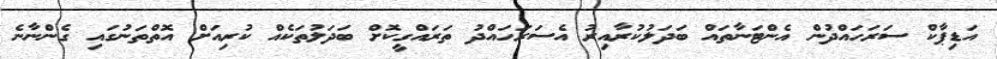
އަޑިޕާކް ސަރަހައްދުން އެންޓަނާތައް ބަދަލުކުރާއިރު އެސަރަހައްދު ތަރައްގީކޮށް ބަދަލުތަކެއް ކުރިއަށް އޮތްތަނުގައި ގެންނާނެ